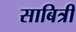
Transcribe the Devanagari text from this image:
साबित्री